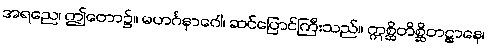
အရညေ၊ ဤတော၌။ မဟင်္ဂနာဂေါ၊ ဆင်ပြောင်ကြီးသည်။ ဣစ္ဆိတိစ္ဆိတဋ္ဌာနေ၊